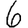
Digit: 6